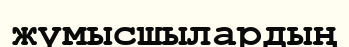
жүмысшылардың